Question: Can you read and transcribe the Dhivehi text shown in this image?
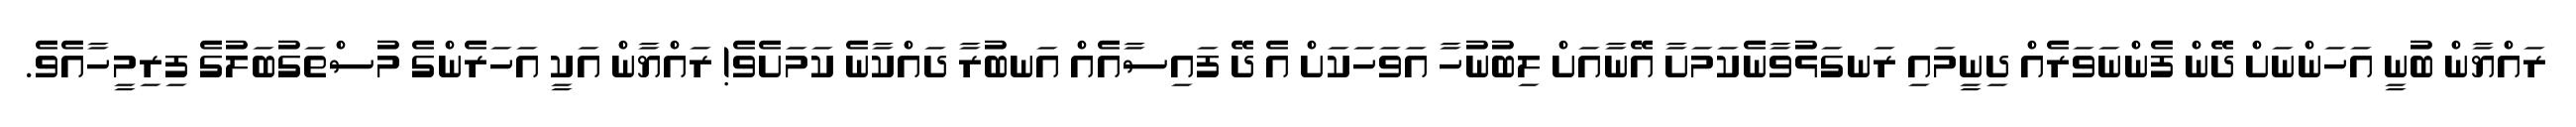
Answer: ރައްޔާން ބުނީ އަހަންނަށް ދޭން ފެންނަވަރެއް ދިނީމައި ރަނގަޅުވާނެކަމަށާ އޭނާއަށް ލިބުނުހާ އަވަހަކަށް އެ ދޭ ފައިސާއެއް އަނބުރާ ދައްކާނެ ކަމަށެވެ! ރައްޔާން އަކީ އަހަރެންގެ މުސްތަގުބަލުގެ ފިރިމީހާއެވެ.